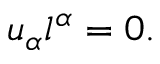
u _ { \alpha } l ^ { \alpha } = 0 .